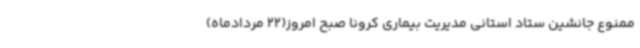
ممنوع جانشین ستاد استانی مدیریت بیماری کرونا صبح امروز(22 مردادماه)